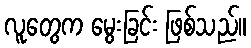
လူတွေက မွေးခြင်း ဖြစ်သည်။